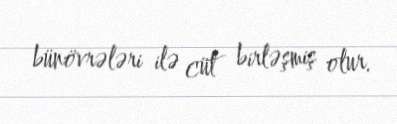
bünövrələri ilə cüt birləşmiş olur.